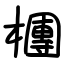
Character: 檲